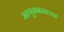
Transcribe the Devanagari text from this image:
माणूसबळाच्या